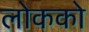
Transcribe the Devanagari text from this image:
लोकको